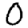
Digit: 0